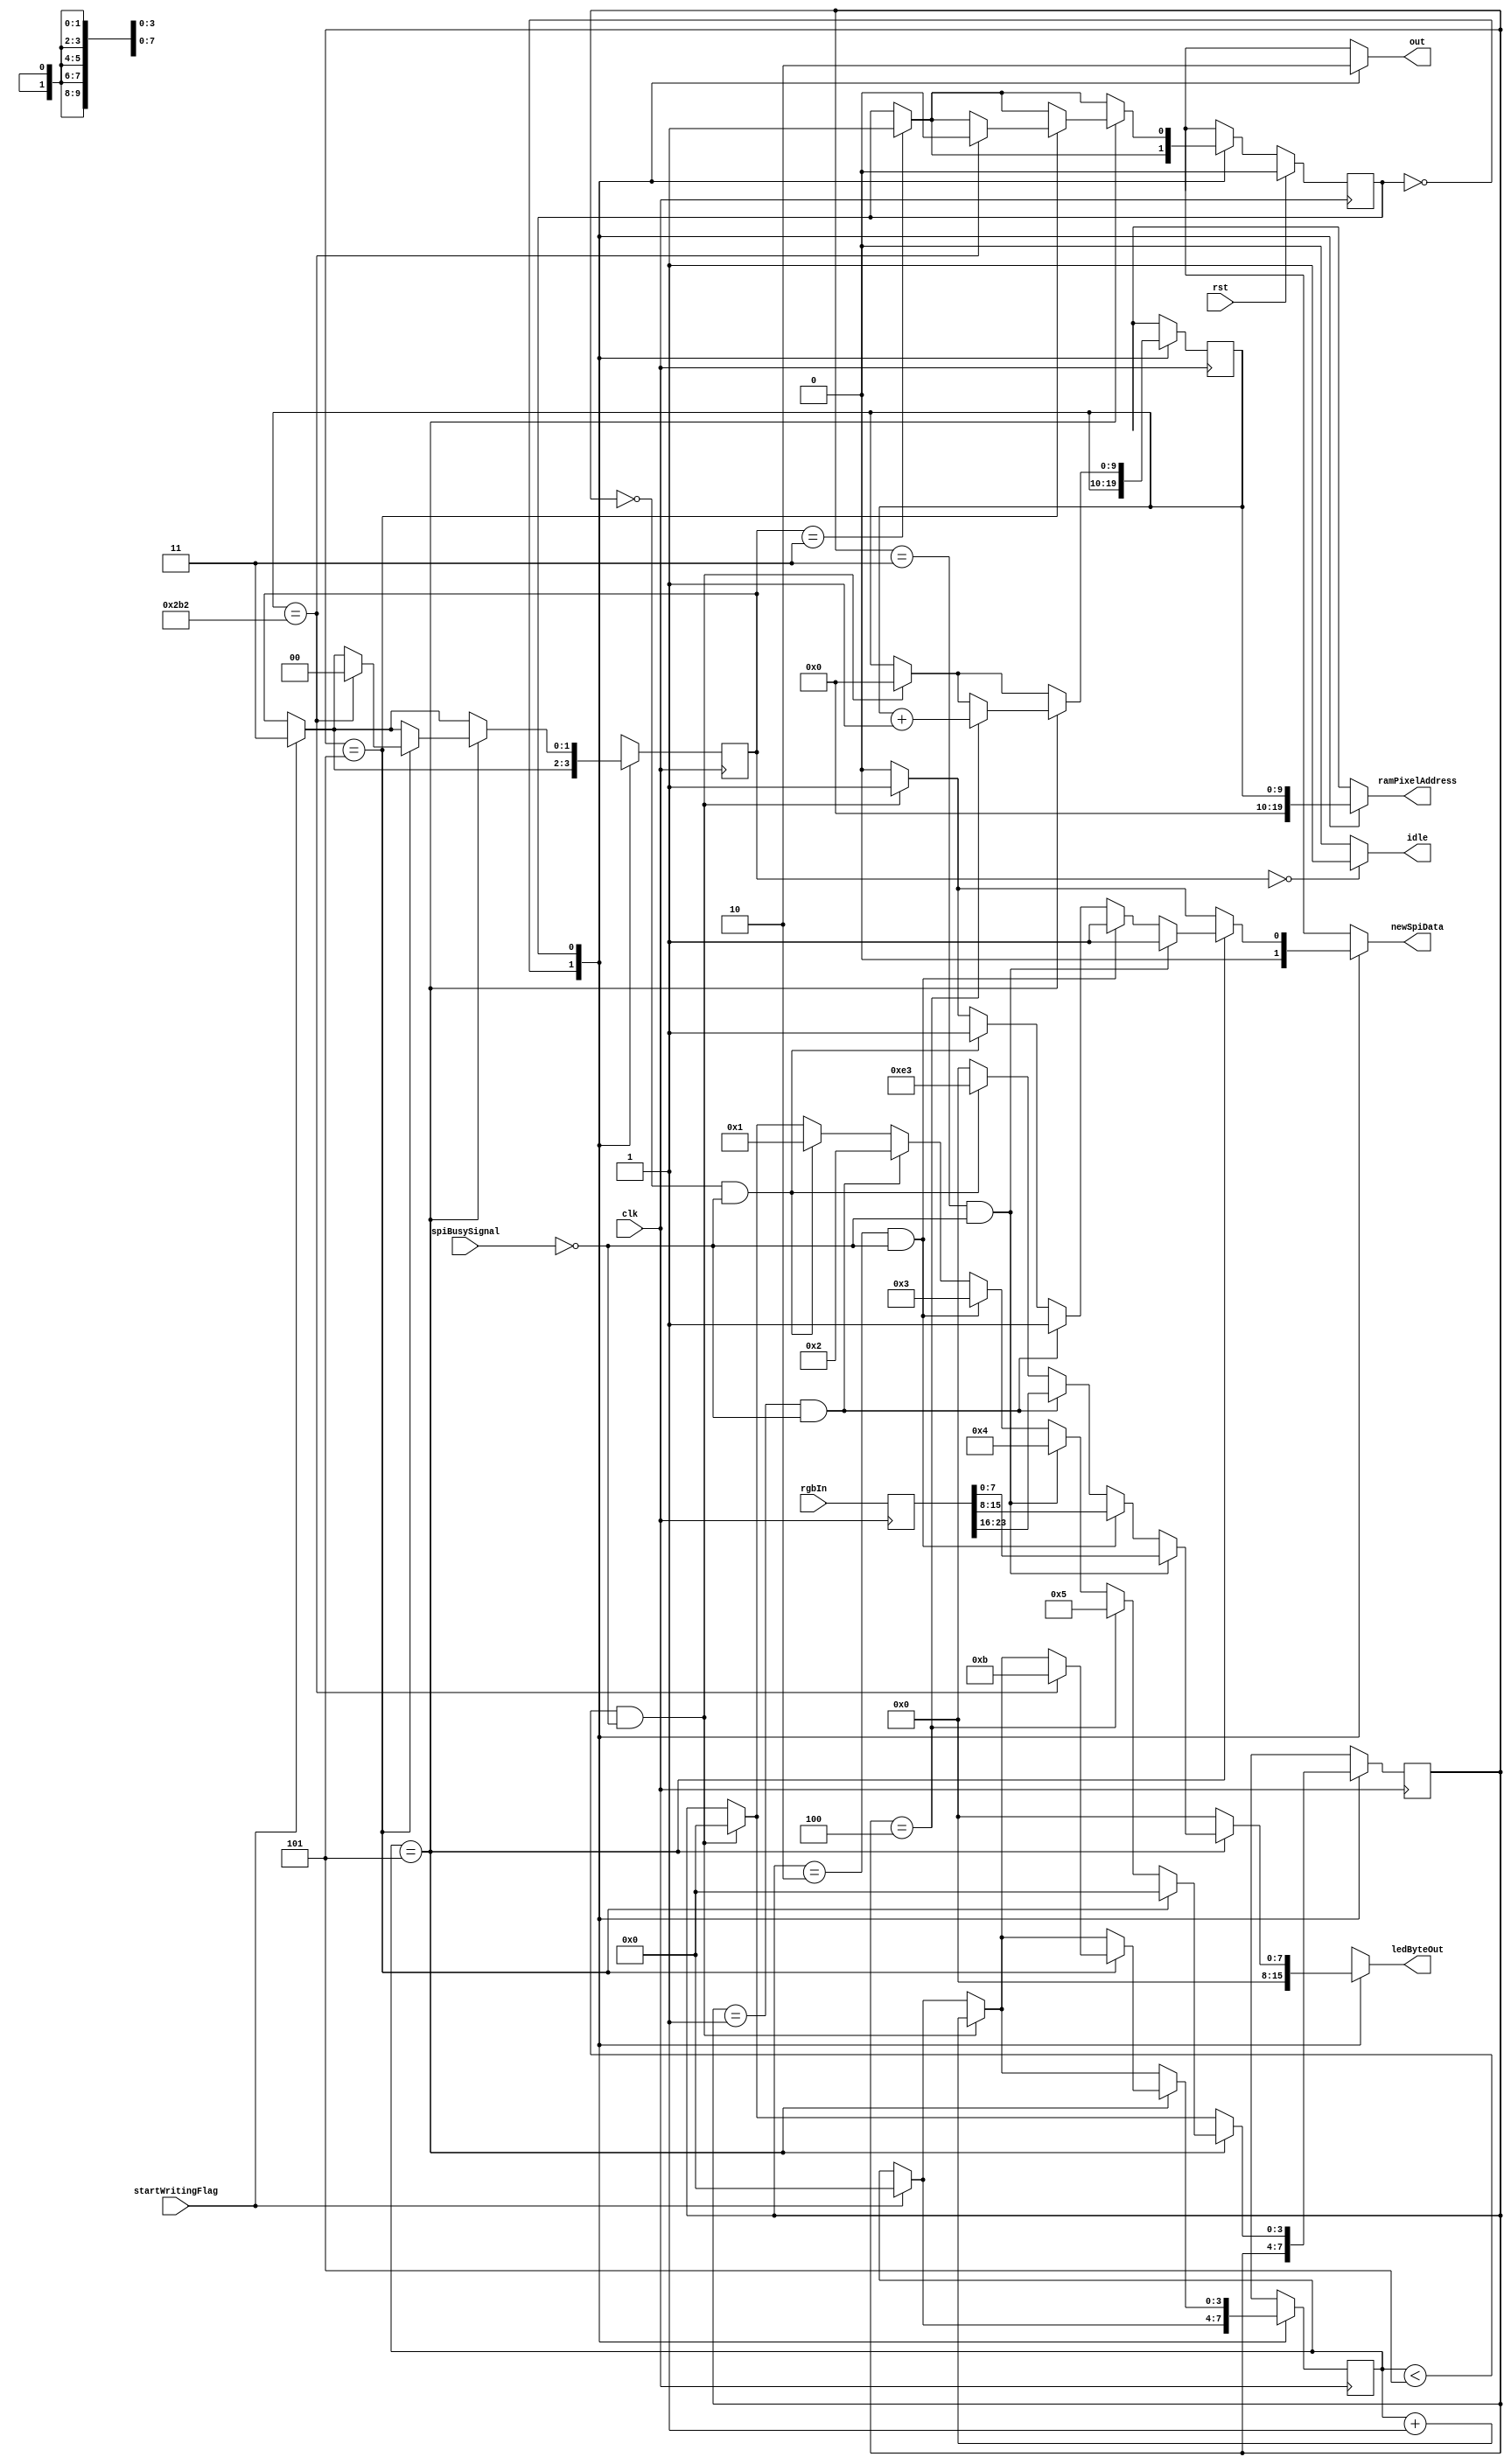
/*
   This file was generated automatically by the Mojo IDE version B1.3.6.
   Do not edit this file directly. Instead edit the original Lucid source.
   This is a temporary file and any changes made to it will be destroyed.
*/

module panel_9_13 (
    input clk,
    input rst,
    input spiBusySignal,
    output reg newSpiData,
    output reg [7:0] ledByteOut,
    output reg [9:0] ramPixelAddress,
    output reg idle,
    input [23:0] rgbIn,
    input startWritingFlag,
    output reg out
  );
  
  
  
  localparam IDLE_state = 1'd0;
  localparam WRITE_state = 1'd1;
  
  reg M_state_d, M_state_q = IDLE_state;
  reg [3:0] M_ledStartBitCounter_d, M_ledStartBitCounter_q = 1'h0;
  reg [3:0] M_rgbCounter_d, M_rgbCounter_q = 1'h0;
  reg [9:0] M_pixelAddress_d, M_pixelAddress_q = 1'h0;
  reg [1:0] M_panelControl1_d, M_panelControl1_q = 1'h0;
  reg [23:0] M_rgbPixels_d, M_rgbPixels_q = 1'h0;
  
  always @* begin
    M_state_d = M_state_q;
    M_ledStartBitCounter_d = M_ledStartBitCounter_q;
    M_panelControl1_d = M_panelControl1_q;
    M_rgbPixels_d = M_rgbPixels_q;
    M_pixelAddress_d = M_pixelAddress_q;
    M_rgbCounter_d = M_rgbCounter_q;
    
    out = 1'h0;
    idle = 1'h0;
    newSpiData = 1'h0;
    ledByteOut = 1'h0;
    ramPixelAddress = 1'h0;
    M_rgbPixels_d[0+23-:24] = rgbIn;
    if (M_panelControl1_q == 1'h0) begin
      idle = 1'h1;
    end
    if (startWritingFlag == 1'h1) begin
      M_panelControl1_d = 2'h3;
      M_ledStartBitCounter_d = 1'h0;
    end
    if (M_panelControl1_q == 2'h3) begin
      M_state_d = WRITE_state;
    end
    
    case (M_state_q)
      IDLE_state: begin
        out = 1'h1;
      end
      WRITE_state: begin
        ramPixelAddress = M_pixelAddress_q;
        if (M_ledStartBitCounter_q < 3'h5 && !spiBusySignal) begin
          ledByteOut = 8'h00;
          newSpiData = 1'h1;
          M_ledStartBitCounter_d = M_ledStartBitCounter_q + 1'h1;
          M_pixelAddress_d = 1'h0;
          M_rgbCounter_d = 1'h0;
        end
        if (M_ledStartBitCounter_q == 3'h5) begin
          if (M_rgbCounter_q == 1'h0 && !spiBusySignal) begin
            ledByteOut = 8'he3;
            newSpiData = 1'h1;
            M_rgbCounter_d = 1'h1;
          end
          if (M_rgbCounter_q == 1'h1 && !spiBusySignal) begin
            ledByteOut = M_rgbPixels_q[16+7-:8];
            newSpiData = 1'h1;
            M_rgbCounter_d = 2'h2;
          end
          if (M_rgbCounter_q == 2'h2 && !spiBusySignal) begin
            ledByteOut = M_rgbPixels_q[8+7-:8];
            newSpiData = 1'h1;
            M_rgbCounter_d = 2'h3;
          end
          if (M_rgbCounter_q == 2'h3 && !spiBusySignal) begin
            ledByteOut = M_rgbPixels_q[0+7-:8];
            newSpiData = 1'h1;
            M_rgbCounter_d = 3'h4;
          end
          if (M_rgbCounter_q == 3'h4) begin
            M_pixelAddress_d = M_pixelAddress_q + 1'h1;
            M_rgbCounter_d = 3'h5;
          end
          if (M_rgbCounter_q == 3'h5) begin
            M_rgbCounter_d = 1'h0;
            if (M_pixelAddress_q == 10'h2b2) begin
              M_ledStartBitCounter_d = 4'hb;
              M_panelControl1_d = 1'h0;
              M_state_d = IDLE_state;
            end
          end
        end
      end
    endcase
  end
  
  always @(posedge clk) begin
    M_ledStartBitCounter_q <= M_ledStartBitCounter_d;
    M_rgbCounter_q <= M_rgbCounter_d;
    M_pixelAddress_q <= M_pixelAddress_d;
    M_panelControl1_q <= M_panelControl1_d;
    M_rgbPixels_q <= M_rgbPixels_d;
    
    if (rst == 1'b1) begin
      M_state_q <= 1'h0;
    end else begin
      M_state_q <= M_state_d;
    end
  end
  
endmodule